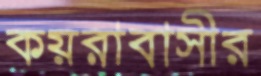
কয়রাবাসীর